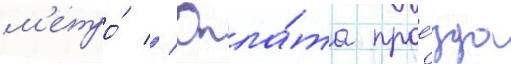
м'етро́ // Опла́та прое́зда